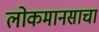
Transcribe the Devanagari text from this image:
लोकमानसाचा